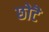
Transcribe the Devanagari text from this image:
छोटॆ